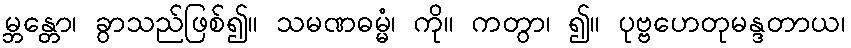
မ္ဘန္တော၊ ခွာသည်ဖြစ်၍။ သမဏဓမ္မံ၊ ကို။ ကတွာ၊ ၍။ ပုဗ္ဗဟေတုမန္ဒတာယ၊